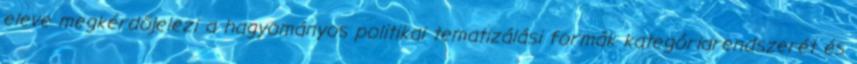
eleve megkérdőjelezi a hagyományos politikai tematizálási formák kategóriarendszerét és